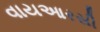
વાયઆરસી